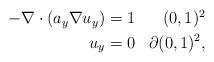
LaTeX: \begin{align*}\begin{aligned}-\nabla \cdot (a_y \nabla u_{y})&=1&(0,1)^2\\u_{y}&=0& \partial (0,1)^2,\end{aligned}\end{align*}